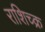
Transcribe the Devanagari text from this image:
राशिच्क्र